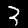
Label: 3